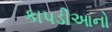
કાપડીઆનો